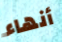
أنهاء